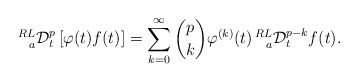
\begin{align*}\prescript{RL}{a}{\mathcal{D}}_{t}^{p}\left[\varphi(t) f(t)\right]=\sum_{k=0}^{\infty}{p \choose k}\varphi^{(k)}(t) \prescript{RL}{a}{\mathcal{D}}_{t}^{p-k}f(t).\end{align*}